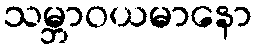
သမ္ဘာဝယမာနော